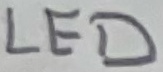
Text: LED